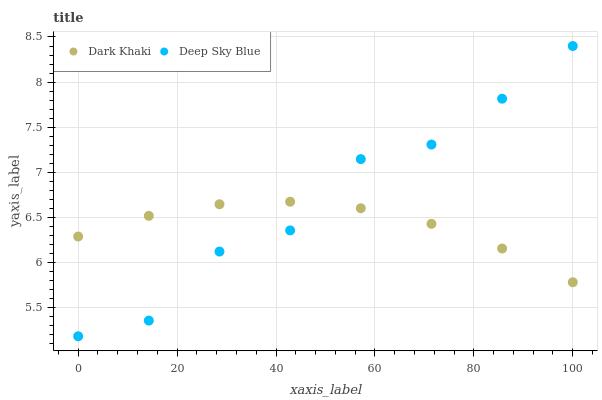
| xaxis_label | Dark Khaki | Deep Sky Blue |
 | --- | --- | --- |
 | 0 | 6.29 | 5.18 |
 | 14.3 | 6.52 | 5.36 |
 | 28.6 | 6.65 | 6.12 |
 | 42.9 | 6.67 | 6.36 |
 | 57.1 | 6.6 | 7.15 |
 | 71.4 | 6.43 | 7.31 |
 | 85.7 | 6.16 | 7.82 |
 | 100 | 5.78 | 8.4 |